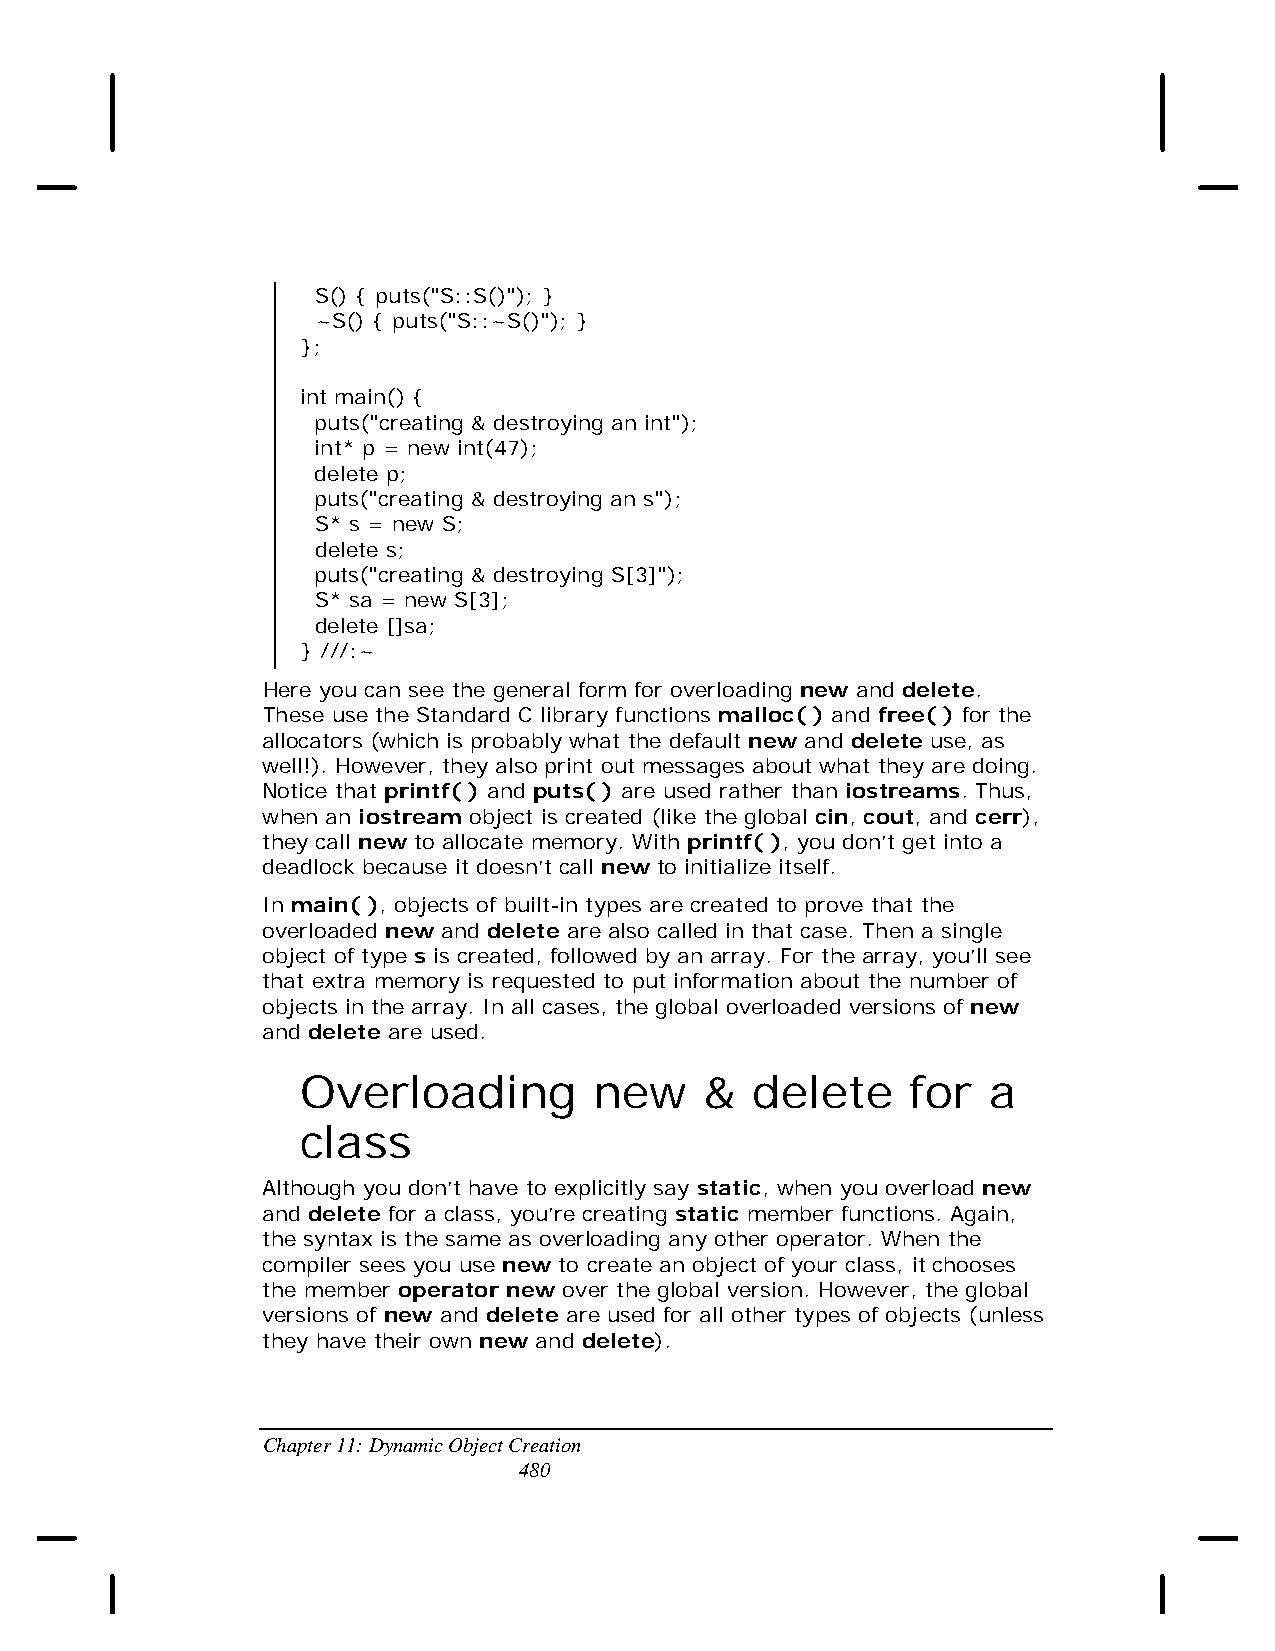
S() { puts("S::S()"); }
 ~S() { puts("S::~S()"); }
 };
 int main() {
 puts("creating & destroying an int");
 int* p = new int(47);
 delete p;
 puts("creating & destroying an s");
 S* s = new S;
 delete s;
 puts("creating & destroying S[3]");
 S* sa = new S[3];
 delete []sa;
 } ///:~
 Here you can see the general form for overloading new and delete.
 These use the Standard C library functions malloc( ) and free( ) for the
 allocators (which is probably what the default new and delete use, as
 well!). However, they also print out messages about what they are doing.
 Notice that printf( ) and puts( ) are used rather than iostreams. Thus,
 when an iostream object is created (like the global cin, cout, and cerr),
 they call new to allocate memory. With printf( ), you don’t get into a
 deadlock because it doesn’t call new to initialize itself.
 In main( ), objects of built-in types are created to prove that the
 overloaded new and delete are also called in that case. Then a single
 object of type s is created, followed by an array. For the array, you’ll see
 that extra memory is requested to put information about the number of
 objects in the array. In all cases, the global overloaded versions of new
 and delete are used.
 Overloading        new     &  delete    for  a
 class
 Although you don’t have to explicitly say static, when you overload new
 and delete for a class, you’re creating static member functions. Again,
 the syntax is the same as overloading any other operator. When the
 compiler sees you use new to create an object of your class, it chooses
 the member operator new over the global version. However, the global
 versions of new and delete are used for all other types of objects (unless
 they have their own new and delete).
 Chapter 11: Dynamic Object Creation
 480